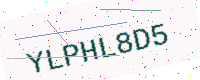
Text: YLPHL8D5